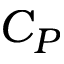
C _ { P }